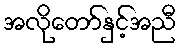
အလိုတော်နှင့်အညီ